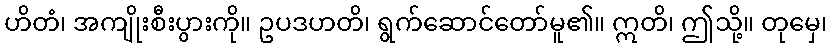
ဟိတံ၊ အကျိုးစီးပွားကို။ ဥပဒဟတိ၊ ရွက်ဆောင်တော်မူ၏။ ဣတိ၊ ဤသို့။ တုမှေ၊